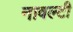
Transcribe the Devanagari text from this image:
नावल्‍टी